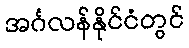
အင်္ဂလန်နိုင်ငံတွင်